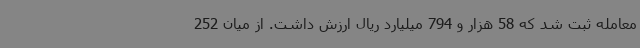
معامله ثبت شد که 58 هزار و 794 میلیارد ریال ارزش داشت. از میان 252